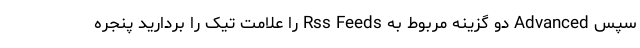
سپس Advanced دو گزینه مربوط به Rss Feeds را علامت تیک را بردارید پنجره